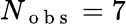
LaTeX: N_{\mathrm{~o~b~s~}}=7